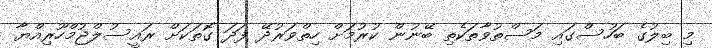
މި ބިލުގެ ބަހުސްގައި މަސްތުވާތަކެތި ބޭނުން ކުރުމަށް ހިތްވަރުދޭ ފަދަ ގޮތަކަށް ރައީސުލްޖުމްހޫރިއްޔާ